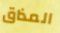
المذاق